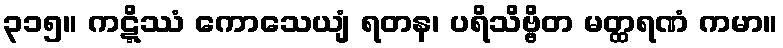
၃၁၅။ ကဋ္ဋိဿံ ကောသေယျံ ရတန၊ ပရိသိဗ္ဗိတ မတ္ထရဏံ ကမာ။